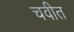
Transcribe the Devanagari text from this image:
चवीत